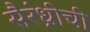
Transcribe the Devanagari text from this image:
सैरंध्रीची